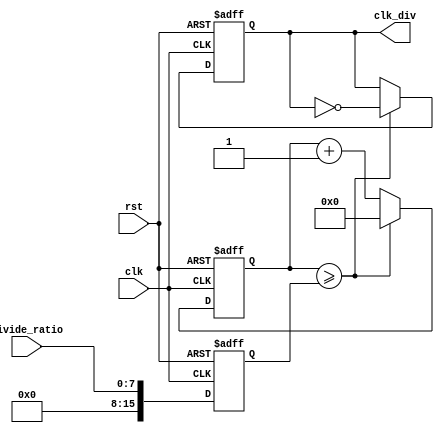
module floating_point_clock_divider (
    input wire clk,
    input wire rst,
    input wire [7:0] divide_ratio,
    output wire clk_div
);

reg [15:0] counter;
reg [15:0] count_val;
reg divide_clock;

always @ (posedge clk or posedge rst) begin
    if (rst) begin
        counter <= 16'b0;
        divide_clock <= 1'b0;
    end else begin
        if (counter >= count_val) begin
            counter <= 16'b0;
            divide_clock <= ~divide_clock;
        end else begin
            counter <= counter + 1;
        end
    end
end

always @ (posedge clk or posedge rst) begin
    if (rst) begin
        count_val <= 16'hFFFF;
    end else begin
        count_val <= divide_ratio;
    end
end

assign clk_div = divide_clock;

endmodule